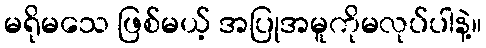
မရိုမသေ ဖြစ်မယ့် အပြုအမူကိုမလုပ်ပါနဲ့။